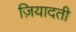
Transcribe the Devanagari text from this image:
ज़ियादती